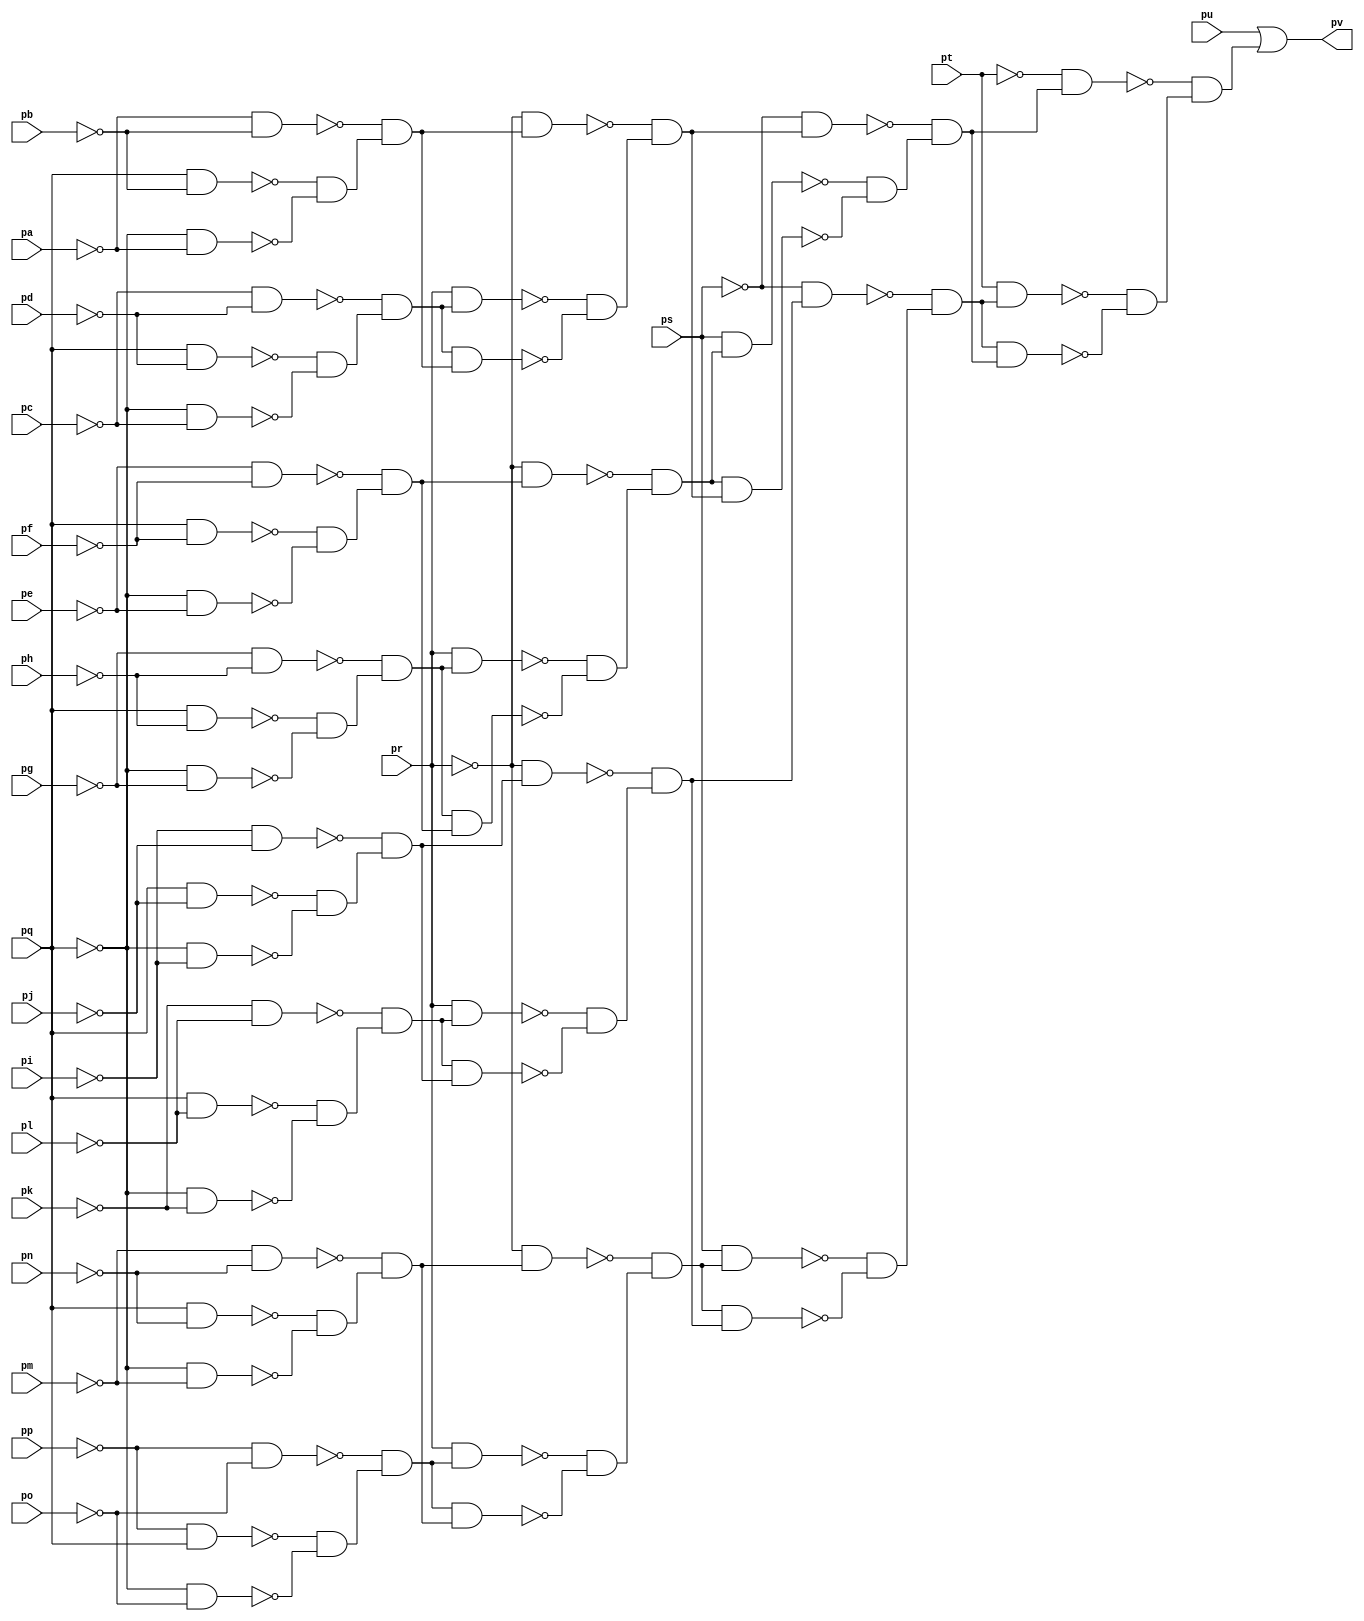
module top ( 
    pp, pq, pr, ps, pt, pu, pa, pb, pc, pd, pe, pf, pg, ph, pi, pj, pk, pl,
    pm, pn, po,
    pv  );
  input  pp, pq, pr, ps, pt, pu, pa, pb, pc, pd, pe, pf, pg, ph, pi, pj,
    pk, pl, pm, pn, po;
  output pv;
  wire new_n23_, new_n24_, new_n25_, new_n26_, new_n27_, new_n28_, new_n29_,
    new_n30_, new_n31_, new_n32_, new_n33_, new_n34_, new_n35_, new_n36_,
    new_n37_, new_n38_, new_n39_, new_n40_, new_n41_, new_n42_, new_n43_,
    new_n44_, new_n45_, new_n46_, new_n47_, new_n48_, new_n49_, new_n50_,
    new_n51_, new_n52_, new_n53_, new_n54_, new_n55_, new_n56_, new_n57_,
    new_n58_, new_n59_, new_n60_, new_n61_, new_n62_, new_n63_, new_n64_,
    new_n65_, new_n66_, new_n67_, new_n68_, new_n69_, new_n70_, new_n71_,
    new_n72_, new_n73_, new_n74_, new_n75_, new_n76_, new_n77_, new_n78_,
    new_n79_, new_n80_, new_n81_, new_n82_, new_n83_, new_n84_, new_n85_,
    new_n86_, new_n87_, new_n88_, new_n89_, new_n90_, new_n91_, new_n92_,
    new_n93_, new_n94_, new_n95_, new_n96_, new_n97_;
  assign new_n23_ = ~pp & pq;
  assign new_n24_ = ~pq & ~po;
  assign new_n25_ = ~pp & ~po;
  assign new_n26_ = ~new_n23_ & ~new_n24_;
  assign new_n27_ = ~new_n25_ & new_n26_;
  assign new_n28_ = pr & new_n27_;
  assign new_n29_ = pq & ~pn;
  assign new_n30_ = ~pq & ~pm;
  assign new_n31_ = ~pm & ~pn;
  assign new_n32_ = ~new_n29_ & ~new_n30_;
  assign new_n33_ = ~new_n31_ & new_n32_;
  assign new_n34_ = new_n27_ & new_n33_;
  assign new_n35_ = ~pr & new_n33_;
  assign new_n36_ = ~new_n28_ & ~new_n34_;
  assign new_n37_ = ~new_n35_ & new_n36_;
  assign new_n38_ = ps & new_n37_;
  assign new_n39_ = pq & ~pl;
  assign new_n40_ = ~pq & ~pk;
  assign new_n41_ = ~pk & ~pl;
  assign new_n42_ = ~new_n39_ & ~new_n40_;
  assign new_n43_ = ~new_n41_ & new_n42_;
  assign new_n44_ = pr & new_n43_;
  assign new_n45_ = pq & ~pj;
  assign new_n46_ = ~pq & ~pi;
  assign new_n47_ = ~pi & ~pj;
  assign new_n48_ = ~new_n45_ & ~new_n46_;
  assign new_n49_ = ~new_n47_ & new_n48_;
  assign new_n50_ = new_n43_ & new_n49_;
  assign new_n51_ = ~pr & new_n49_;
  assign new_n52_ = ~new_n44_ & ~new_n50_;
  assign new_n53_ = ~new_n51_ & new_n52_;
  assign new_n54_ = new_n37_ & new_n53_;
  assign new_n55_ = ~ps & new_n53_;
  assign new_n56_ = ~new_n38_ & ~new_n54_;
  assign new_n57_ = ~new_n55_ & new_n56_;
  assign new_n58_ = pt & new_n57_;
  assign new_n59_ = pq & ~ph;
  assign new_n60_ = ~pq & ~pg;
  assign new_n61_ = ~pg & ~ph;
  assign new_n62_ = ~new_n59_ & ~new_n60_;
  assign new_n63_ = ~new_n61_ & new_n62_;
  assign new_n64_ = pr & new_n63_;
  assign new_n65_ = pq & ~pf;
  assign new_n66_ = ~pq & ~pe;
  assign new_n67_ = ~pe & ~pf;
  assign new_n68_ = ~new_n65_ & ~new_n66_;
  assign new_n69_ = ~new_n67_ & new_n68_;
  assign new_n70_ = new_n63_ & new_n69_;
  assign new_n71_ = ~pr & new_n69_;
  assign new_n72_ = ~new_n64_ & ~new_n70_;
  assign new_n73_ = ~new_n71_ & new_n72_;
  assign new_n74_ = ps & new_n73_;
  assign new_n75_ = pq & ~pd;
  assign new_n76_ = ~pq & ~pc;
  assign new_n77_ = ~pc & ~pd;
  assign new_n78_ = ~new_n75_ & ~new_n76_;
  assign new_n79_ = ~new_n77_ & new_n78_;
  assign new_n80_ = pr & new_n79_;
  assign new_n81_ = pq & ~pb;
  assign new_n82_ = ~pq & ~pa;
  assign new_n83_ = ~pa & ~pb;
  assign new_n84_ = ~new_n81_ & ~new_n82_;
  assign new_n85_ = ~new_n83_ & new_n84_;
  assign new_n86_ = new_n79_ & new_n85_;
  assign new_n87_ = ~pr & new_n85_;
  assign new_n88_ = ~new_n80_ & ~new_n86_;
  assign new_n89_ = ~new_n87_ & new_n88_;
  assign new_n90_ = new_n73_ & new_n89_;
  assign new_n91_ = ~ps & new_n89_;
  assign new_n92_ = ~new_n74_ & ~new_n90_;
  assign new_n93_ = ~new_n91_ & new_n92_;
  assign new_n94_ = new_n57_ & new_n93_;
  assign new_n95_ = ~pt & new_n93_;
  assign new_n96_ = ~new_n58_ & ~new_n94_;
  assign new_n97_ = ~new_n95_ & new_n96_;
  assign pv = pu | new_n97_;
endmodule